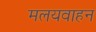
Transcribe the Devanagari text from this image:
मलयवाहन